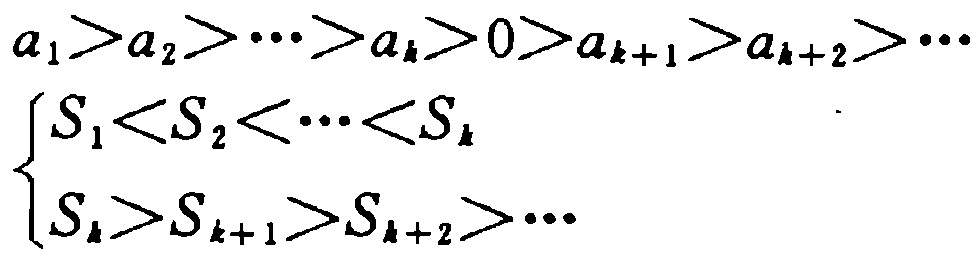
\[

\begin{align*}

a_1 > a_2 > \cdots > a_k > 0 > a_{k + 1} > a_{k + 2} > \cdots\\

\begin{cases}

S_1 < S_2 < \cdots < S_k\\

S_k > S_{k + 1} > S_{k + 2} > \cdots

\end{cases}

\end{align*}

\]